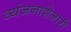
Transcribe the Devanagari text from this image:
व्यंजनाशेजारी